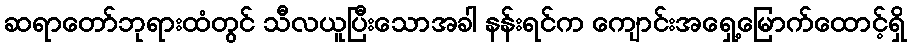
ဆရာတော်ဘုရားထံတွင် သီလယူပြီးသောအခါ နန်းရင်က ကျောင်းအရှေ့မြောက်ထောင့်ရှိ